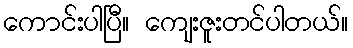
ကောင်းပါပြီ။ ကျေးဇူးတင်ပါတယ်။